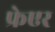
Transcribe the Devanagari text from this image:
फ्रेएर